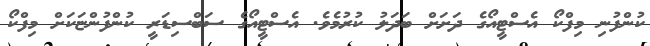
ކުންފުނި މިފްކޯ އެސްޓީއޯގެ ދަށަށް ބަދަލު ކުރުމެވެ. އެސްޓީއޯގެ ސަބްސިޑަރީ ކުންފުންޏަކަށް މިފްކޯ